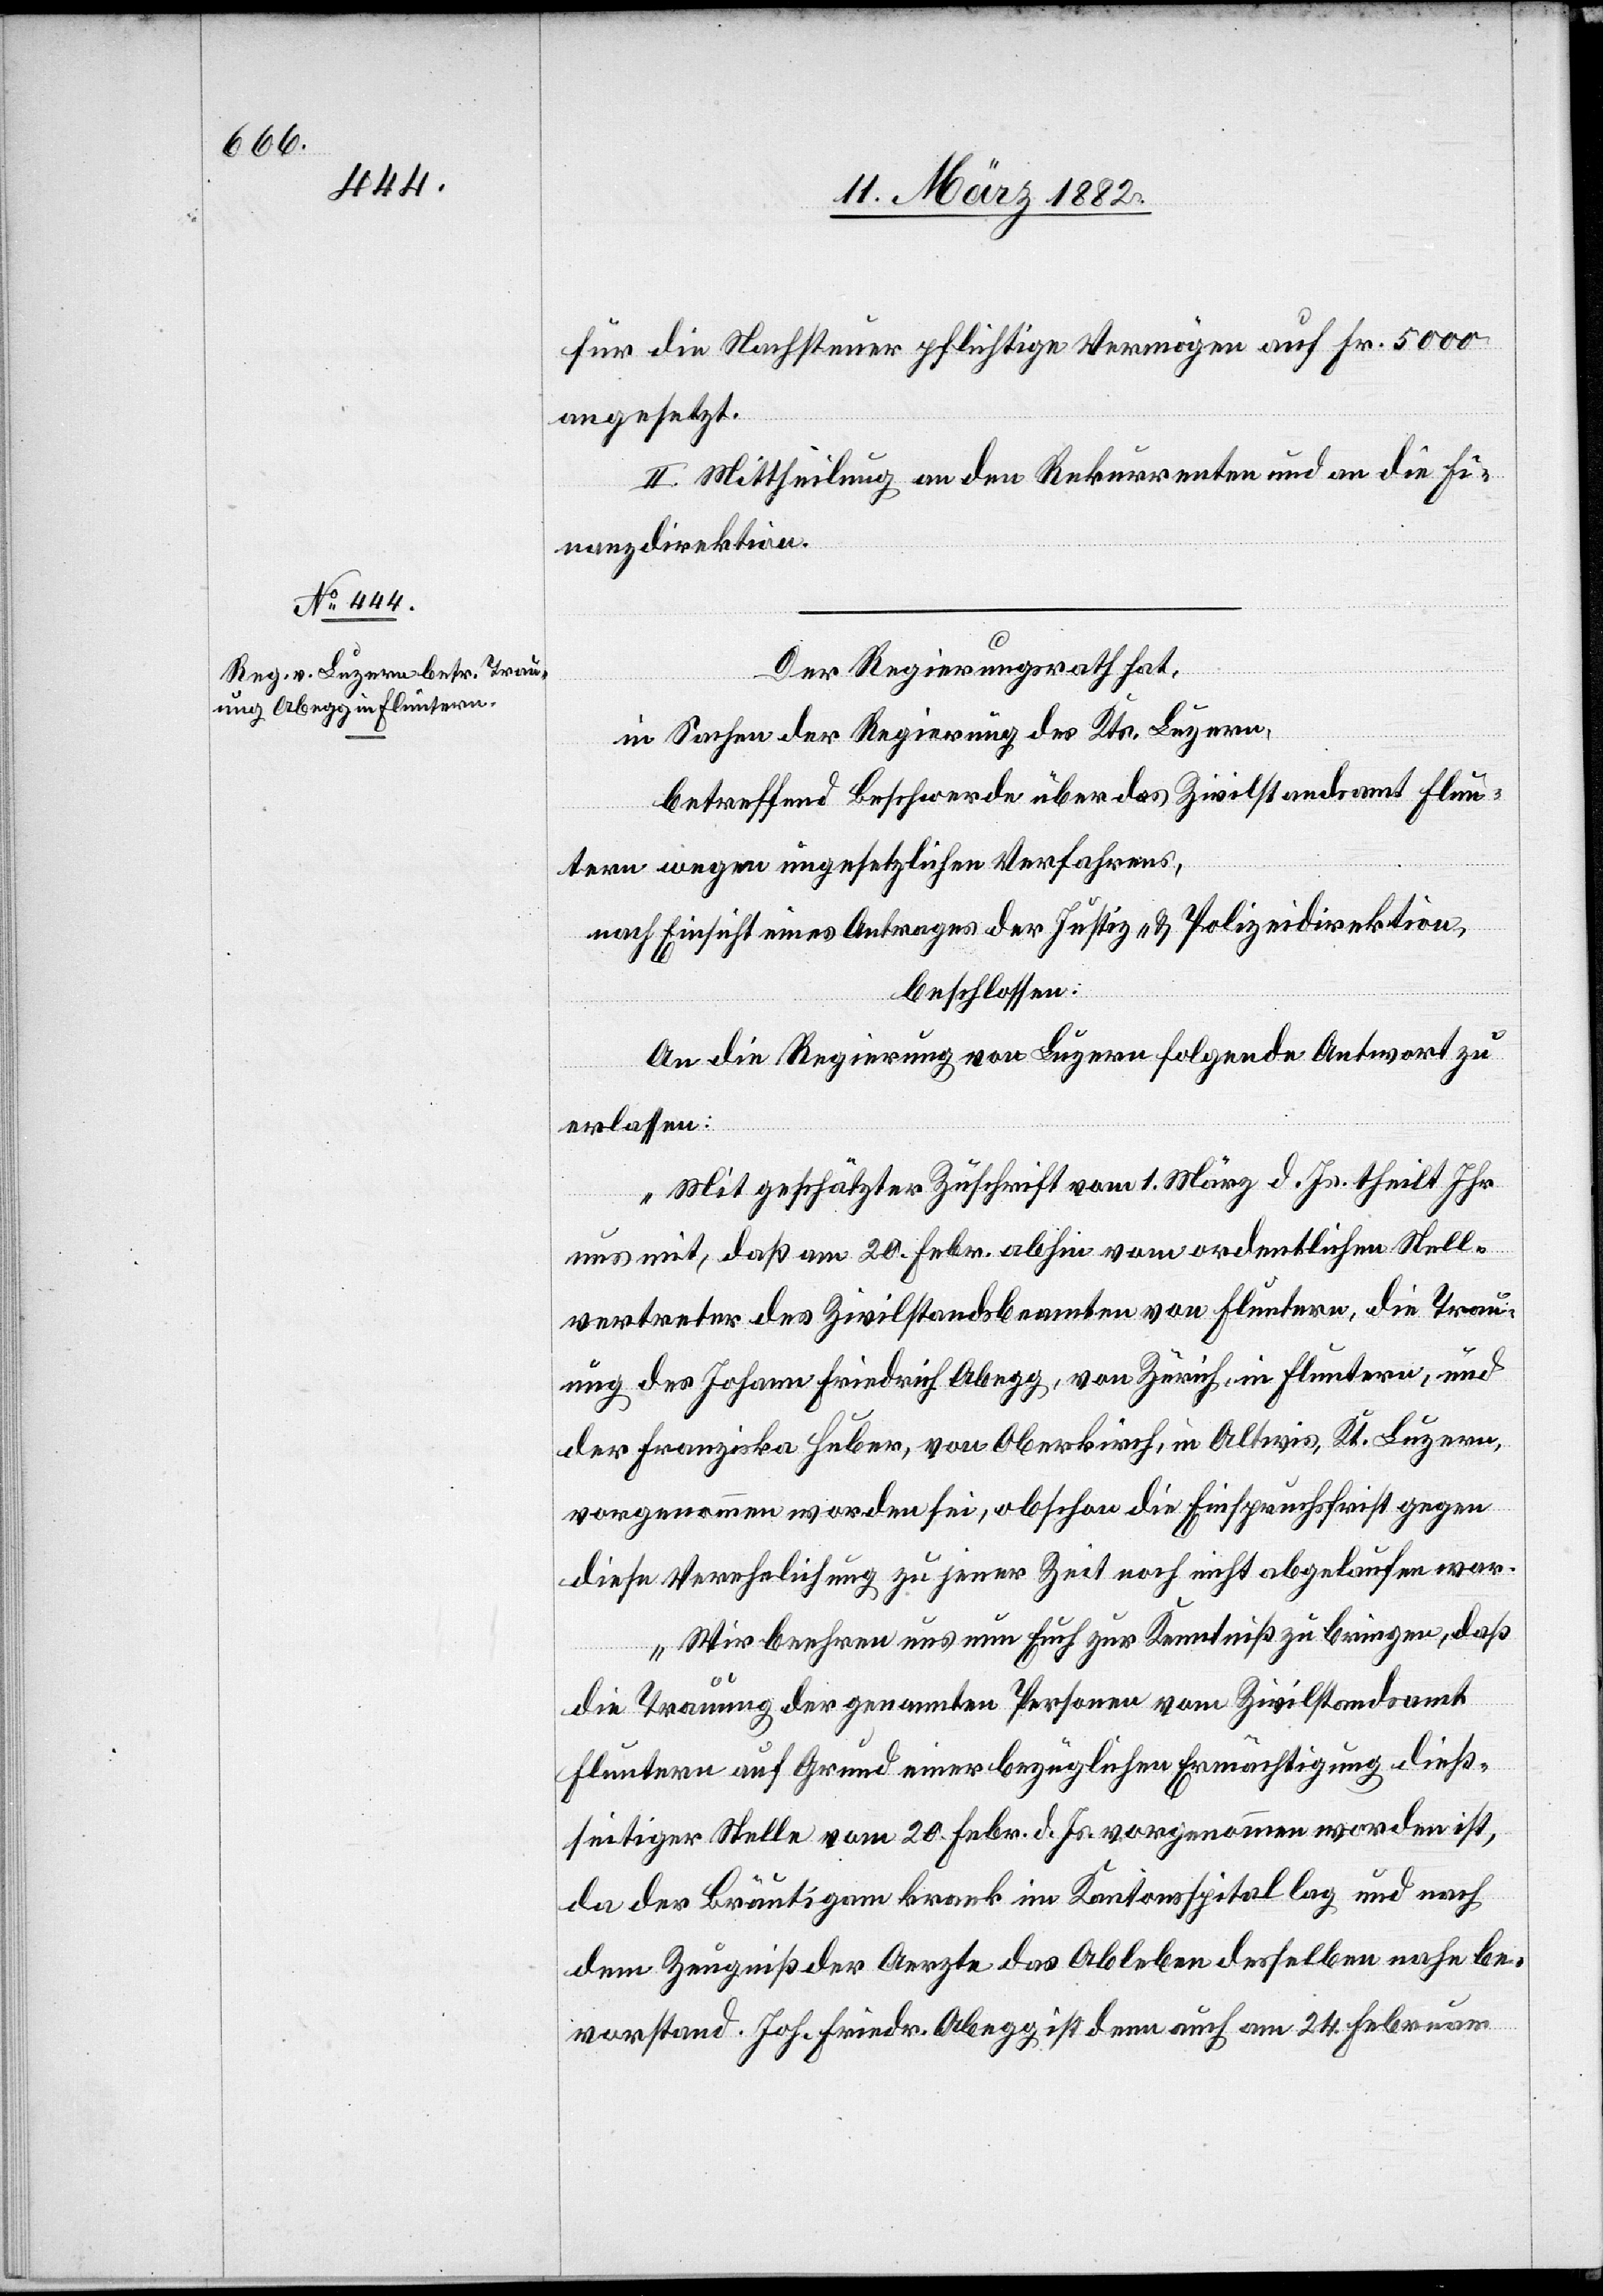
für die Nachsteuer pflichtige Vermögen auf Fr. 5000
angesetzt.
II. Mittheilung an den Rekurrenten und an die Fi¬
nanzdirektion.
Der Regierungsrath hat,
in Sachen der Regierung des Kts. Luzern,
betreffend Beschwerde über das Zivilstandsamt Flun¬
tern wegen ungesetzlichen Verfahrens,
nach Einsicht eines Antrages der Justiz- & Polizeidirektion,
beschlossen:
An die Regierung von Luzern folgende Antwort zu
erlassen:
„Mit geschätzter Zuschrift vom 1. März d. Js. theilt Ihr
uns mit, daß am 20. Febr. abhin vom ordentlichen Stell¬
vertreter des Zivilstandsbeamten von Fluntern die Trau¬
ung des Johann Friedrich Abegg, von Zürich in Fluntern, und
der Franziska Huber, von Oberkirch, in Altwis, Kt. Luzern,
vorgenommen worden sei, obschon die Einspruchsfrist gegen
diese Verehelichung zu jener Zeit noch nicht abgelaufen war.
Wir beehren uns nun Euch zur Kenntniß zu bringen, daß
die Trauung der genannten Personen vom Zivilstandsamt
Fluntern auf Grund einer bezüglichen Ermächtigung dieß¬
seitiger Stelle vom 20. Febr. d. Js. vorgenommen worden ist,
da der Bräutigam krank im Kantonsspital lag und nach
dem Zeugniß der Aerzte das Ableben desselben nahe be¬
vorstand. Joh. Friedr. Abegg ist denn auch am 24. Februar